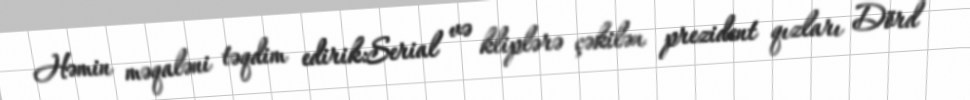
Həmin məqaləni təqdim edirik:Serial və kliplərə çəkilən prezident qızları Dörd